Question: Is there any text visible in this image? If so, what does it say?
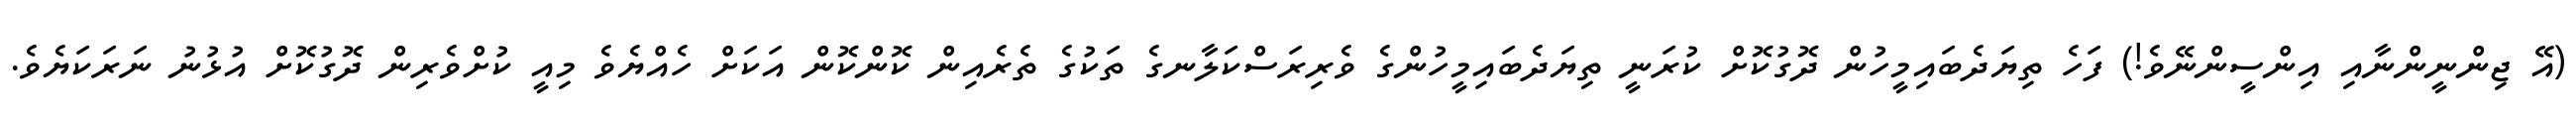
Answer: (އޭ ޖިންނީންނާއި އިންސީންނޭވެ!) ފަހެ ތިޔަދެބައިމީހުން ދޮގުކޮށް ކުރަނީ ތިޔަދެބައިމީހުންގެ ވެރިރަސްކަލާނގެ ތަކުގެ ތެރެއިން ކޮންކޮން އަކަށް ހެއްޔެވެ މިއީ ކުށްވެރިން ދޮގުކޮށް އުޅުނު ނަރަކަޔެވެ.